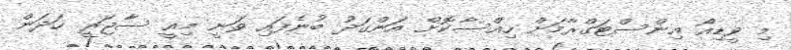
މި ވީޑިއޯ އިންސްޓަގްރާމަށް ހިއްސާކޮށް އަންގަދު ބުނެފައި ވަނީ މިއީ ސާޖަރީ ހަދަން